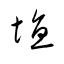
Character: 埴